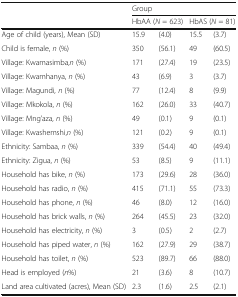
<table><thead><tr><td rowspan="2"></td><td colspan="4"><b>Group</b></td></tr><tr><td colspan="2"><b>HbAA (<i>N</i> = 623)</b></td><td colspan="2"><b>HbAS (<i>N</i> = 81)</b></td></tr></thead><tbody><tr><td>Age of child (years), Mean (SD)</td><td>15.9</td><td>(4.0)</td><td>15.5</td><td>(3.7)</td></tr><tr><td>Child is female, <i>n</i> (%)</td><td>350</td><td>(56.1)</td><td>49</td><td>(60.5)</td></tr><tr><td>Village: Kwamasimba,<i>n</i> (%)</td><td>171</td><td>(27.4)</td><td>19</td><td>(23.5)</td></tr><tr><td>Village: Kwamhanya, <i>n</i> (%)</td><td>43</td><td>(6.9)</td><td>3</td><td>(3.7)</td></tr><tr><td>Village: Magundi, <i>n</i> (%)</td><td>77</td><td>(12.4)</td><td>8</td><td>(9.9)</td></tr><tr><td>Village: Mkokola, <i>n</i> (%)</td><td>162</td><td>(26.0)</td><td>33</td><td>(40.7)</td></tr><tr><td>Village: Mng’aza, <i>n</i> (%)</td><td>49</td><td>(0.1)</td><td>9</td><td>(0.1)</td></tr><tr><td>Village: Kwashemshi,<i>n</i> (%)</td><td>121</td><td>(0.2)</td><td>9</td><td>(0.1)</td></tr><tr><td>Ethnicity: Sambaa, <i>n</i> (%)</td><td>339</td><td>(54.4)</td><td>40</td><td>(49.4)</td></tr><tr><td>Ethnicity: Zigua, <i>n</i> (%)</td><td>53</td><td>(8.5)</td><td>9</td><td>(11.1)</td></tr><tr><td>Household has bike, <i>n</i> (%)</td><td>173</td><td>(29.6)</td><td>28</td><td>(36.0)</td></tr><tr><td>Household has radio, <i>n</i> (%)</td><td>415</td><td>(71.1)</td><td>55</td><td>(73.3)</td></tr><tr><td>Household has phone, <i>n</i> (%)</td><td>46</td><td>(8.0)</td><td>12</td><td>(16.0)</td></tr><tr><td>Household has brick walls, <i>n</i> (%)</td><td>264</td><td>(45.5)</td><td>23</td><td>(32.0)</td></tr><tr><td>Household has electricity, <i>n</i> (%)</td><td>3</td><td>(0.5)</td><td>2</td><td>(2.7)</td></tr><tr><td>Household has piped water, <i>n</i> (%)</td><td>162</td><td>(27.9)</td><td>29</td><td>(38.7)</td></tr><tr><td>Household has toilet, <i>n</i> (%)</td><td>523</td><td>(89.7)</td><td>66</td><td>(88.0)</td></tr><tr><td>Head is employed (<i>n</i>%)</td><td>21</td><td>(3.6)</td><td>8</td><td>(10.7)</td></tr><tr><td>Land area cultivated (acres), Mean (SD)</td><td>2.3</td><td>(1.6)</td><td>2.5</td><td>(2.1)</td></tr></tbody></table>